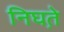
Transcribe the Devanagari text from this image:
निघत़े